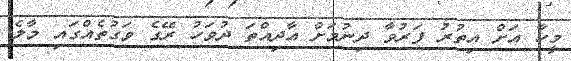
މީހާ އަށް އިތުރު ފަރުވާ ދިނުމަށް އާދިއްތަ ދުވަހު ރޭގެ ވަގުތެއްގައި މާލެ